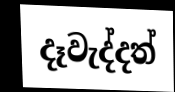
දෑවැද්දත්